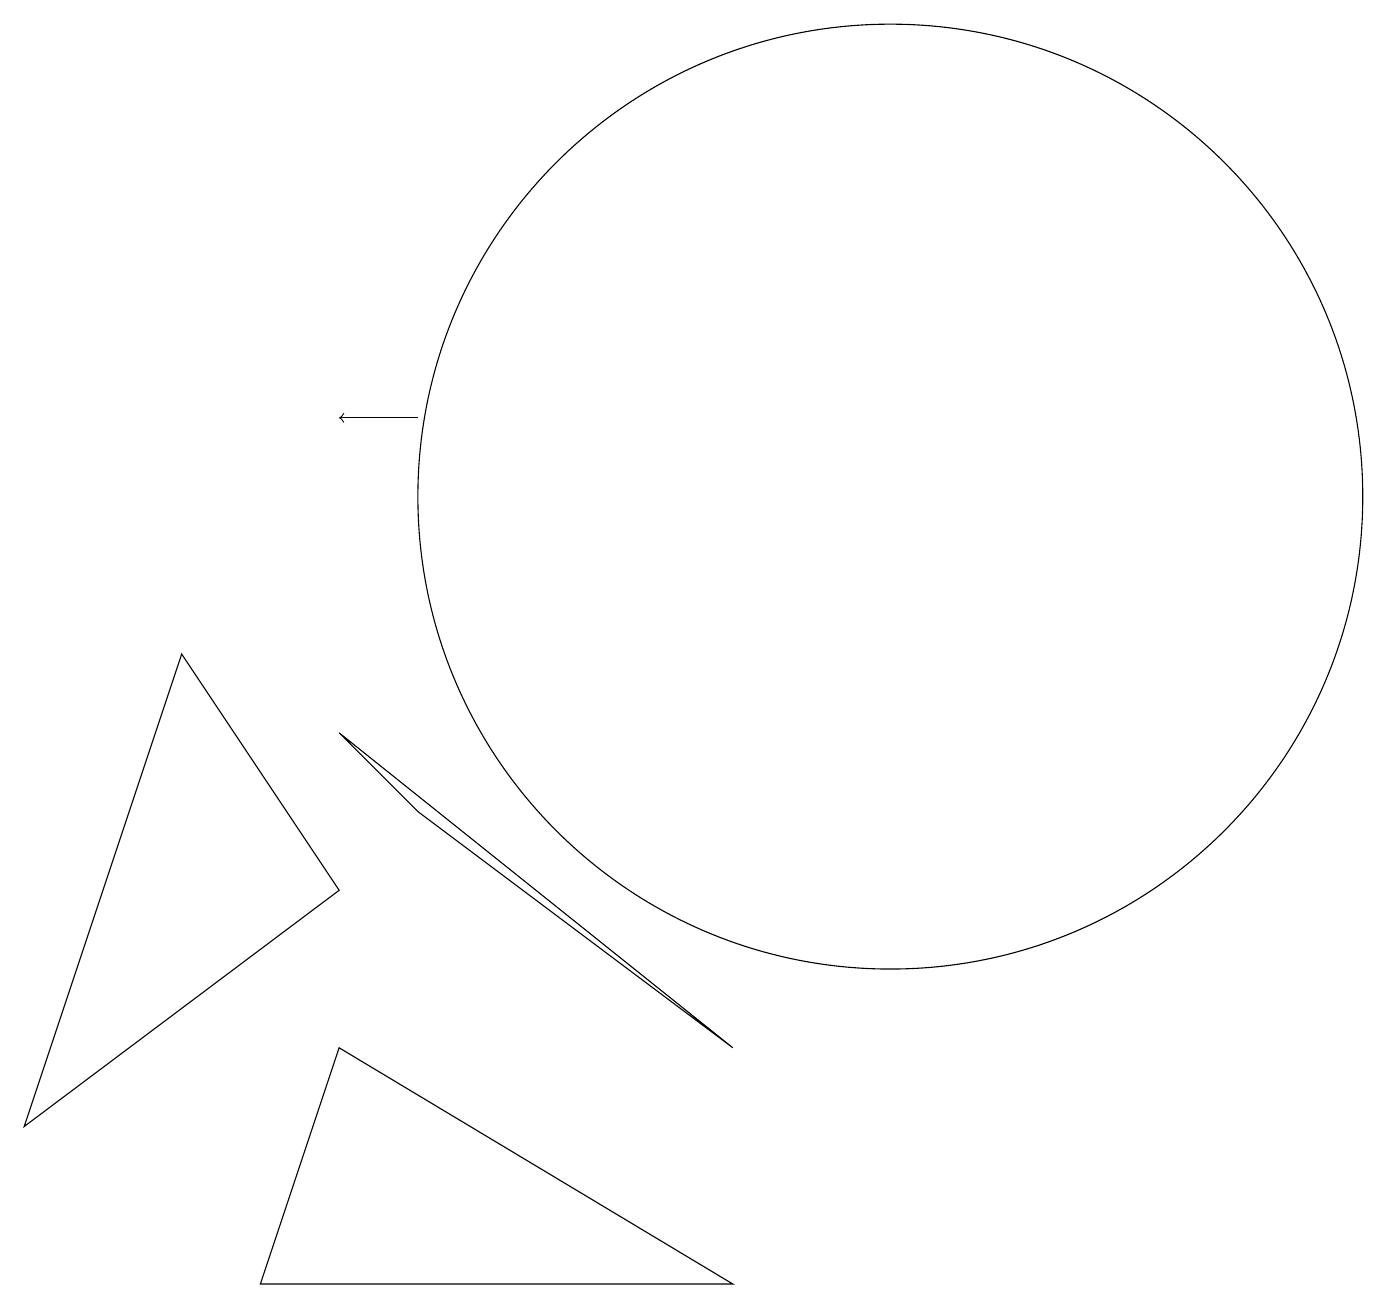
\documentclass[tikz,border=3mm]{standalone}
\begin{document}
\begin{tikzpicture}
\draw (5,6) -- (9,3) -- (4,7) -- cycle;
\draw[->] (5,11) -- (4,11);
\draw (11,10) circle (6);
\draw (2,8) -- (4,5) -- (0,2) -- cycle;
\draw (9,0) -- (4,3) -- (3,0) -- cycle;
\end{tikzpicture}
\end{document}